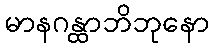
မာနဂန္ထာဘိဘုနော